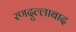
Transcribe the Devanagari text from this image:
रणदुल्लाबाद